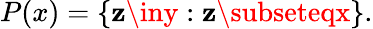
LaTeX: P(x)=\{ \mathbf{z}\iny:\mathbf{z}\subseteqx\} .